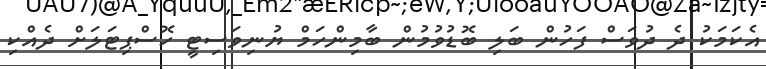
އެކަމަކު ދެ ދުވަސް ފަހުން ބަލި ބޮޑުވުމުން ބާމިންހަމް ޔުނިވަސިޓީ ހޮސްޕިޓަލަށް ދެއްކި